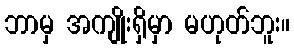
ဘာမှ အကျိုးရှိမှာ မဟုတ်ဘူး။